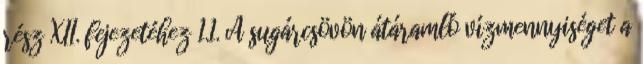
rész XII. fejezetéhez 1.1. A sugárcsövön átáramló vízmennyiséget a